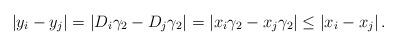
LaTeX: \begin{align*} \left|y_{i}-y_{j}\right|=\left|D_{i}\gamma_{2}-D_{j}\gamma_{2}\right|=\left|x_{i}\gamma_{2}-x_{j}\gamma_{2}\right|\leq\left|x_{i}-x_{j}\right|. \end{align*}